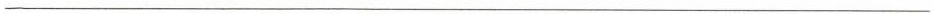
___